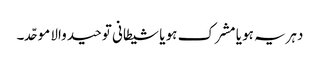
دہریہ ہو یا مشرک ہو یا شیطانی توحید والا موحّد۔